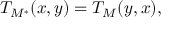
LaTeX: T _ { M ^ { * } } ( x , y ) = T _ { M } ( y , x ) ,